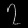
Digit: ၇